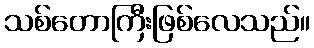
သစ်တောကြီးဖြစ်လေသည်။